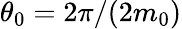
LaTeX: \theta_{0}=2\pi/(2m_{0})